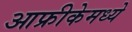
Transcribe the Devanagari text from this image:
आफ्रीकेमध्ये